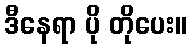
ဒီနေရာ ပို တိုပေး။